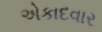
એકાદવાર